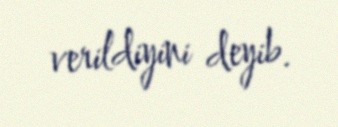
verildiyini deyib.